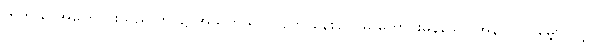
တတိယ အကြောင်းသည် ဘဝ၌ အသက် ရှင် လျက် နေစဉ် ပိုမို ကောင်းမွန်သော အနာဂတ် မျှော်လင့်